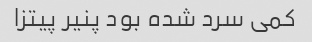
کمی سرد شده بود پنیر پیتزا